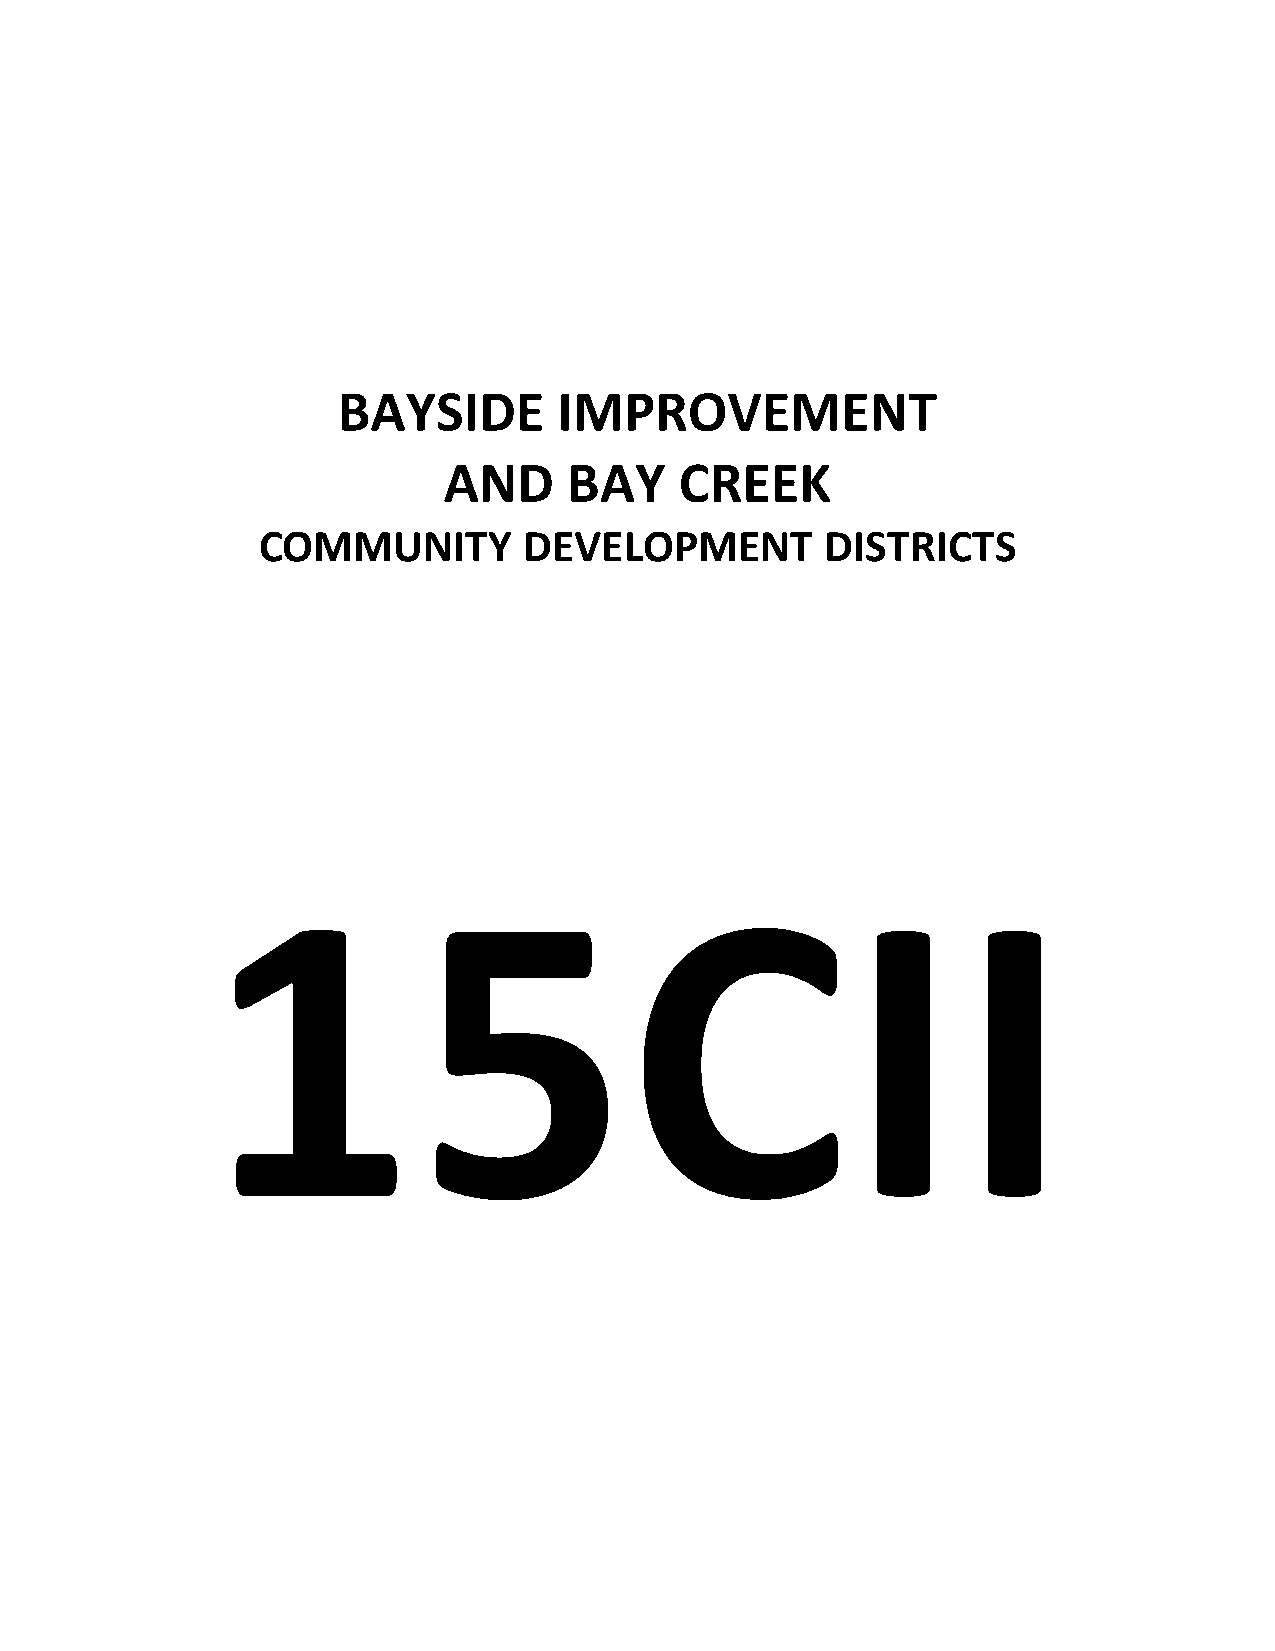
BAYSIDE        IMPROVEMENT
 AND      BAY    CREEK
 COMMUNITY         DEVELOPMENT         DISTRICTS
 15CII